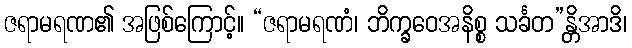
ဇရာမရဏ၏ အဖြစ်ကြောင့်။ “ဇရာမရဏံ၊ ဘိက္ခဝေအနိစ္စ သင်္ခတ”န္တိအာဒိ၊